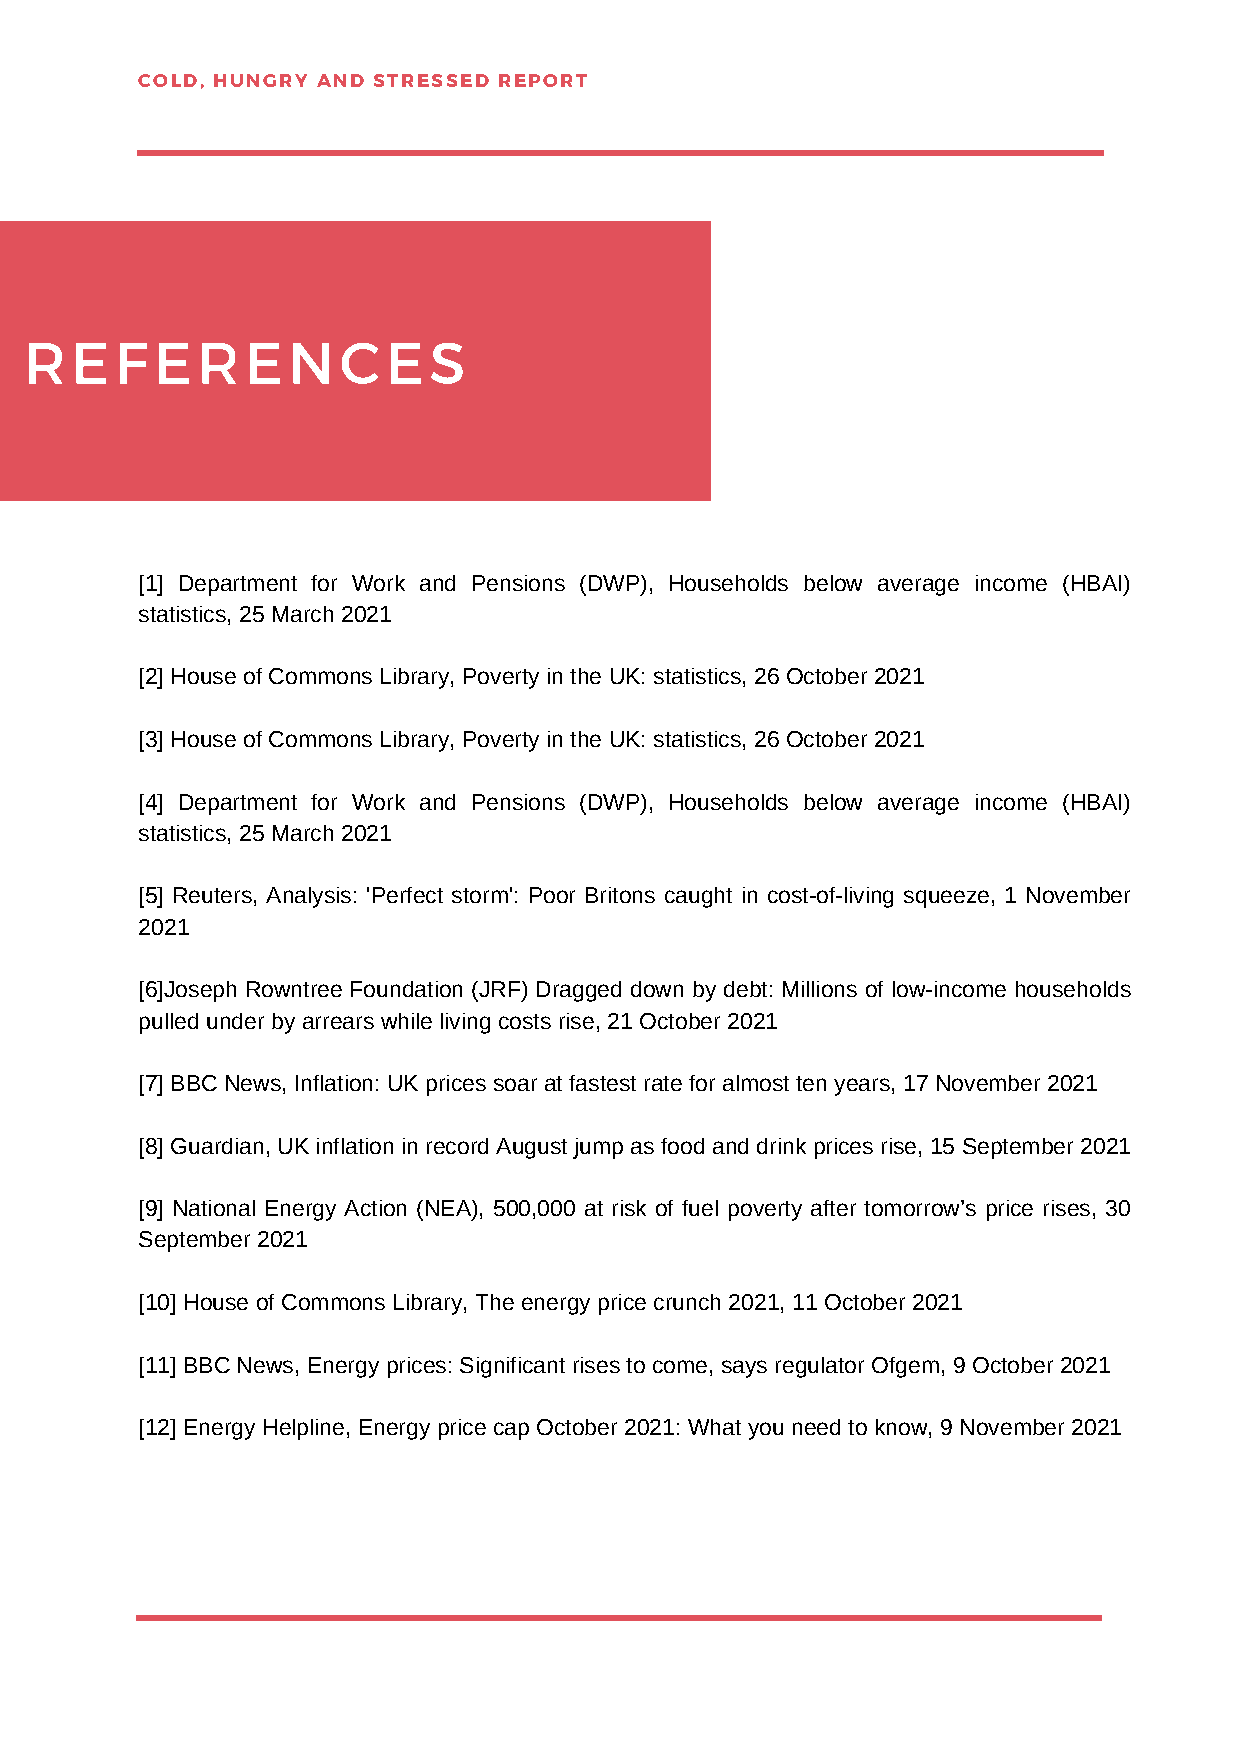
COLD, HUNGRY AND STRESSED REPORT
 REFERENCES
 [1] Department for Work and Pensions (DWP), Households below average income (HBAI)
 statistics, 25 March 2021
 [2] House of Commons Library, Poverty in the UK: statistics, 26 October 2021
 [3] House of Commons Library, Poverty in the UK: statistics, 26 October 2021
 [4] Department for Work and Pensions (DWP), Households below average income (HBAI)
 statistics, 25 March 2021
 [5] Reuters, Analysis: 'Perfect storm': Poor Britons caught in cost-of-living squeeze, 1 November
 2021
 [6]Joseph Rowntree Foundation (JRF) Dragged down by debt: Millions of low-income households
 pulled under by arrears while living costs rise, 21 October 2021
 [7] BBC News, Inflation: UK prices soar at fastest rate for almost ten years, 17 November 2021
 [8] Guardian, UK inflation in record August jump as food and drink prices rise, 15 September 2021
 [9] National Energy Action (NEA), 500,000 at risk of fuel poverty after tomorrow’s price rises, 30
 September 2021
 [10] House of Commons Library, The energy price crunch 2021, 11 October 2021
 [11] BBC News, Energy prices: Significant rises to come, says regulator Ofgem, 9 October 2021
 [12] Energy Helpline, Energy price cap October 2021: What you need to know, 9 November 2021